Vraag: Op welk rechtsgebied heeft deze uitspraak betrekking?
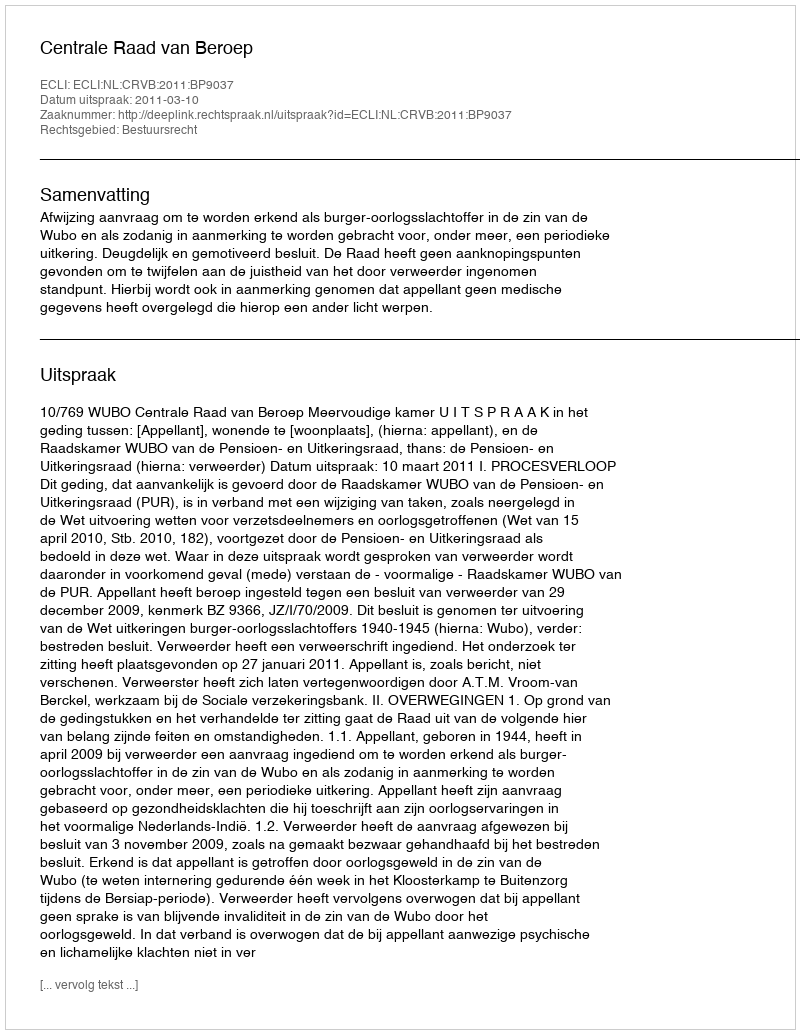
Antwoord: Bestuursrecht